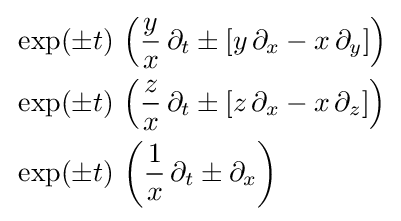
{\begin{aligned}&\exp(\pm t)\,\left({\frac {y}{x}}\,\partial _{t}\pm \left[y\,\partial _{x}-x\,\partial _{y}\right]\right)\\&\exp(\pm t)\,\left({\frac {z}{x}}\,\partial _{t}\pm \left[z\,\partial _{x}-x\,\partial _{z}\right]\right)\\&\exp(\pm t)\,\left({\frac {1}{x}}\,\partial _{t}\pm \partial _{x}\right)\end{aligned}}